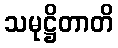
သမုဋ္ဌိတာတိ